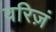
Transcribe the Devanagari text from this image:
वरिज़ं